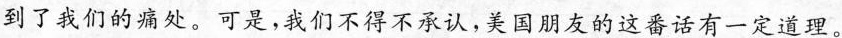
到了我们的痛处。可是，我们不得不承认，美国朋友的这番话有一定道理。